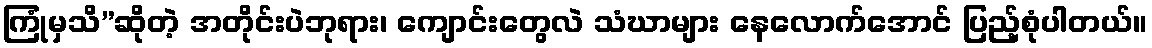
ကြုံမှသိ”ဆိုတဲ့ အတိုင်းပဲဘုရား၊ ကျောင်းတွေလဲ သံဃာများ နေလောက်အောင် ပြည့်စုံပါတယ်။